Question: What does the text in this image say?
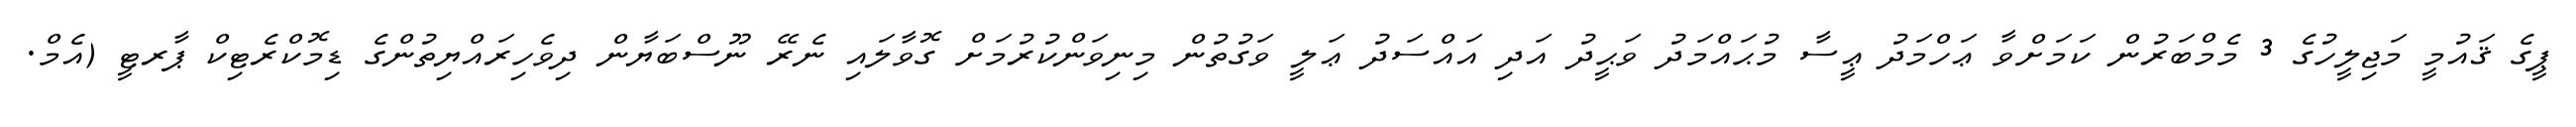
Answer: ޕީގެ ޤައުމީ މަޖިލީހުގެ 3 މެމްބަރުން ކަމަށްވާ ޢަހްމަދު ޢީސާ މުޙައްމަދު ވަޙީދު އަދި އައްސަދު ޢަލީ ވަގުތުން މިނިވަންކުރުމަށް ގޮވާލައި ނެރޭ ނޫސްބަޔާން ދިވެހިރައްޔިތުންގެ ޑިމޮކްރެޓިކް ޕާރޓީ (އެމް.